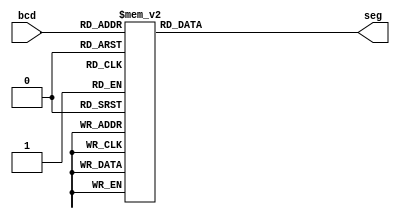
`timescale 1ns / 1ps

module bcd2421(
    output reg [3:0] seg,
    input wire [3:0] bcd
);

    always @(bcd) begin
        case (bcd)
            4'b0001 : seg <= 4'b0001;   // 1
            4'b0010 : seg <= 4'b0010;   // 2
            4'b0011 : seg <= 4'b0011;   // 3
            4'b0100 : seg <= 4'b0100;   // 4
            4'b0101 : seg <= 4'b1011;   // 5
            4'b0110 : seg <= 4'b1100;   // 6
            4'b0111 : seg <= 4'b1101;   // 7
            4'b1000 : seg <= 4'b1110;   // 8
            4'b1001 : seg <= 4'b1111;   // 9
            default : seg <= 4'b0000;   // 0
        endcase
    end

endmodule